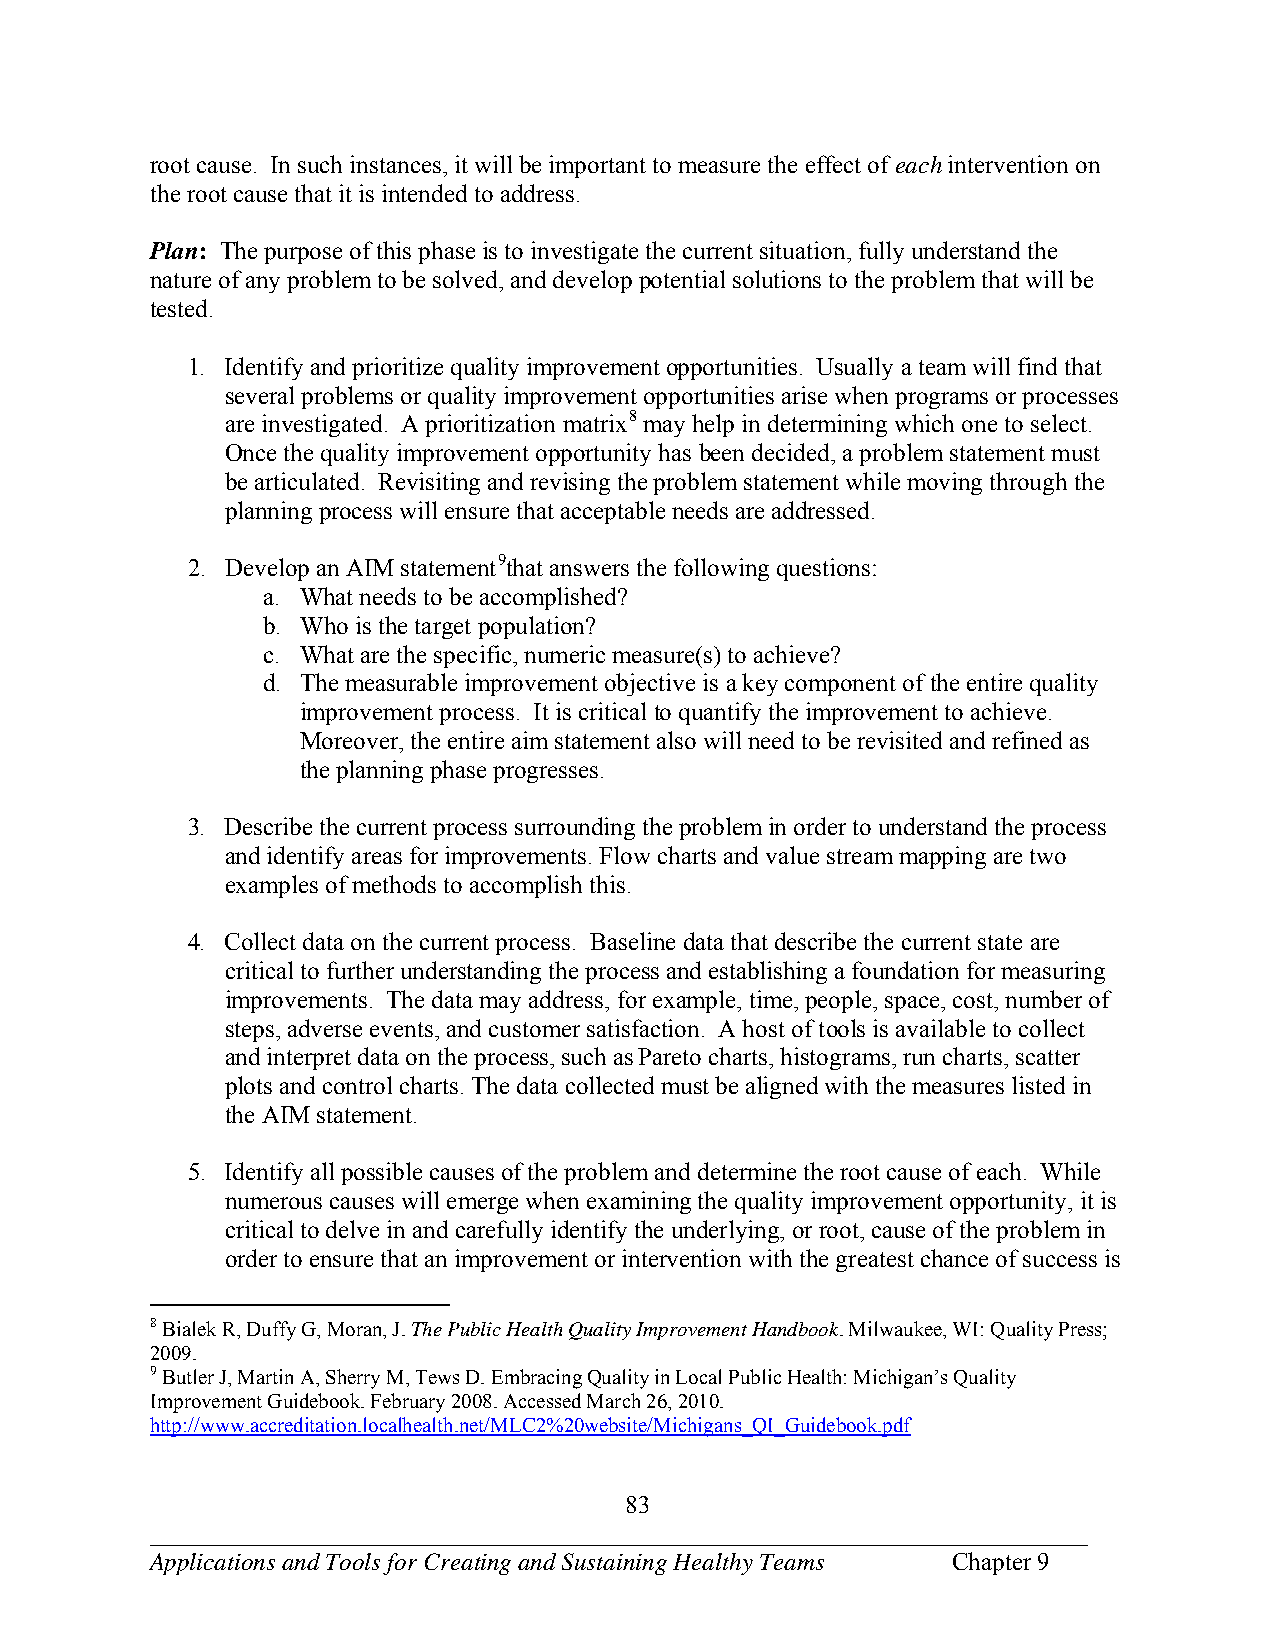
root cause. In such instances, it will be important to measure the effect of each intervention on
 the root cause that it is intended to address.
 Plan: The purpose of this phase is to investigate the current situation, fully understand the
 nature of any problem to be solved, and develop potential solutions to the problem that will be
 tested.
 1. Identify and prioritize quality improvement opportunities. Usually a team will find that
 several problems or quality improvement opportunities arise when programs or processes
 are investigated. A prioritization matrix8 may help in determining which one to select.
 Once the quality improvement opportunity has been decided, a problem statement must
 be articulated. Revisiting and revising the problem statement while moving through the
 planning process will ensure that acceptable needs are addressed.
 2. Develop an AIM statement9that answers the following questions:
 a. What needs to be accomplished?
 b. Who is the target population?
 c. What are the specific, numeric measure(s) to achieve?
 d. The measurable improvement objective is a key component of the entire quality
 improvement process. It is critical to quantify the improvement to achieve.
 Moreover, the entire aim statement also will need to be revisited and refined as
 the planning phase progresses.
 3. Describe the current process surrounding the problem in order to understand the process
 and identify areas for improvements. Flow charts and value stream mapping are two
 examples of methods to accomplish this.
 4. Collect data on the current process. Baseline data that describe the current state are
 critical to further understanding the process and establishing a foundation for measuring
 improvements. The data may address, for example, time, people, space, cost, number of
 steps, adverse events, and customer satisfaction. A host of tools is available to collect
 and interpret data on the process, such as Pareto charts, histograms, run charts, scatter
 plots and control charts. The data collected must be aligned with the measures listed in
 the AIM statement.
 5. Identify all possible causes of the problem and determine the root cause of each. While
 numerous causes will emerge when examining the quality improvement opportunity, it is
 critical to delve in and carefully identify the underlying, or root, cause of the problem in
 order to ensure that an improvement or intervention with the greatest chance of success is
 8 Bialek R, Duffy G, Moran, J. The Public Health Quality Improvement Handbook. Milwaukee, WI: Quality Press;
 2009.
 9 Butler J, Martin A, Sherry M, Tews D. Embracing Quality in Local Public Health: Michigan’s Quality
 Improvement Guidebook. February 2008. Accessed March 26, 2010.
 http://www.accreditation.localhealth.net/MLC2%20website/Michigans_QI_Guidebook.pdf
 83
 ___________________________________________________________________________
 Applications and Tools for Creating and Sustaining Healthy Teams Chapter 9